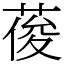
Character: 葰